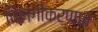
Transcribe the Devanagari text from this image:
विलगीकरणात